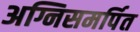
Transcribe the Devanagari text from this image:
अग्निसमर्पित